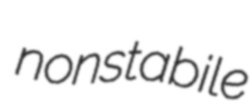
nonstabile